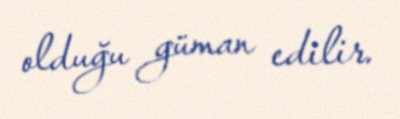
olduğu güman edilir.